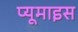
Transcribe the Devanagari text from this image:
प्यूमाइस